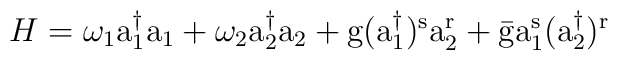
H = \omega_1 \rm a_1^{\dagger} a_1 + \omega_2 \rm a_2^{\dagger} a_2 +\rm g (a_1^{\dagger})^s a_2^r + \bar {\rm g} a_1^s (a_2^{\dagger})^r